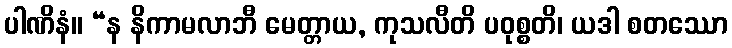
ပါဏိနံ။ “န နိကာမလာဘီ မေတ္တာယ, ကုသလီတိ ပဝုစ္စတိ၊ ယဒါ စတဿော